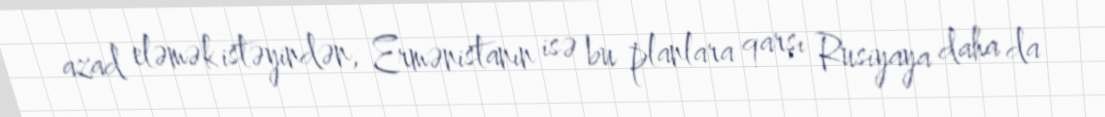
azad eləmək istəyindən, Ermənistanın isə bu planlara qarşı Rusiyaya daha da